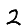
Digit: 2